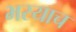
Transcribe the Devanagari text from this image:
भरयाच